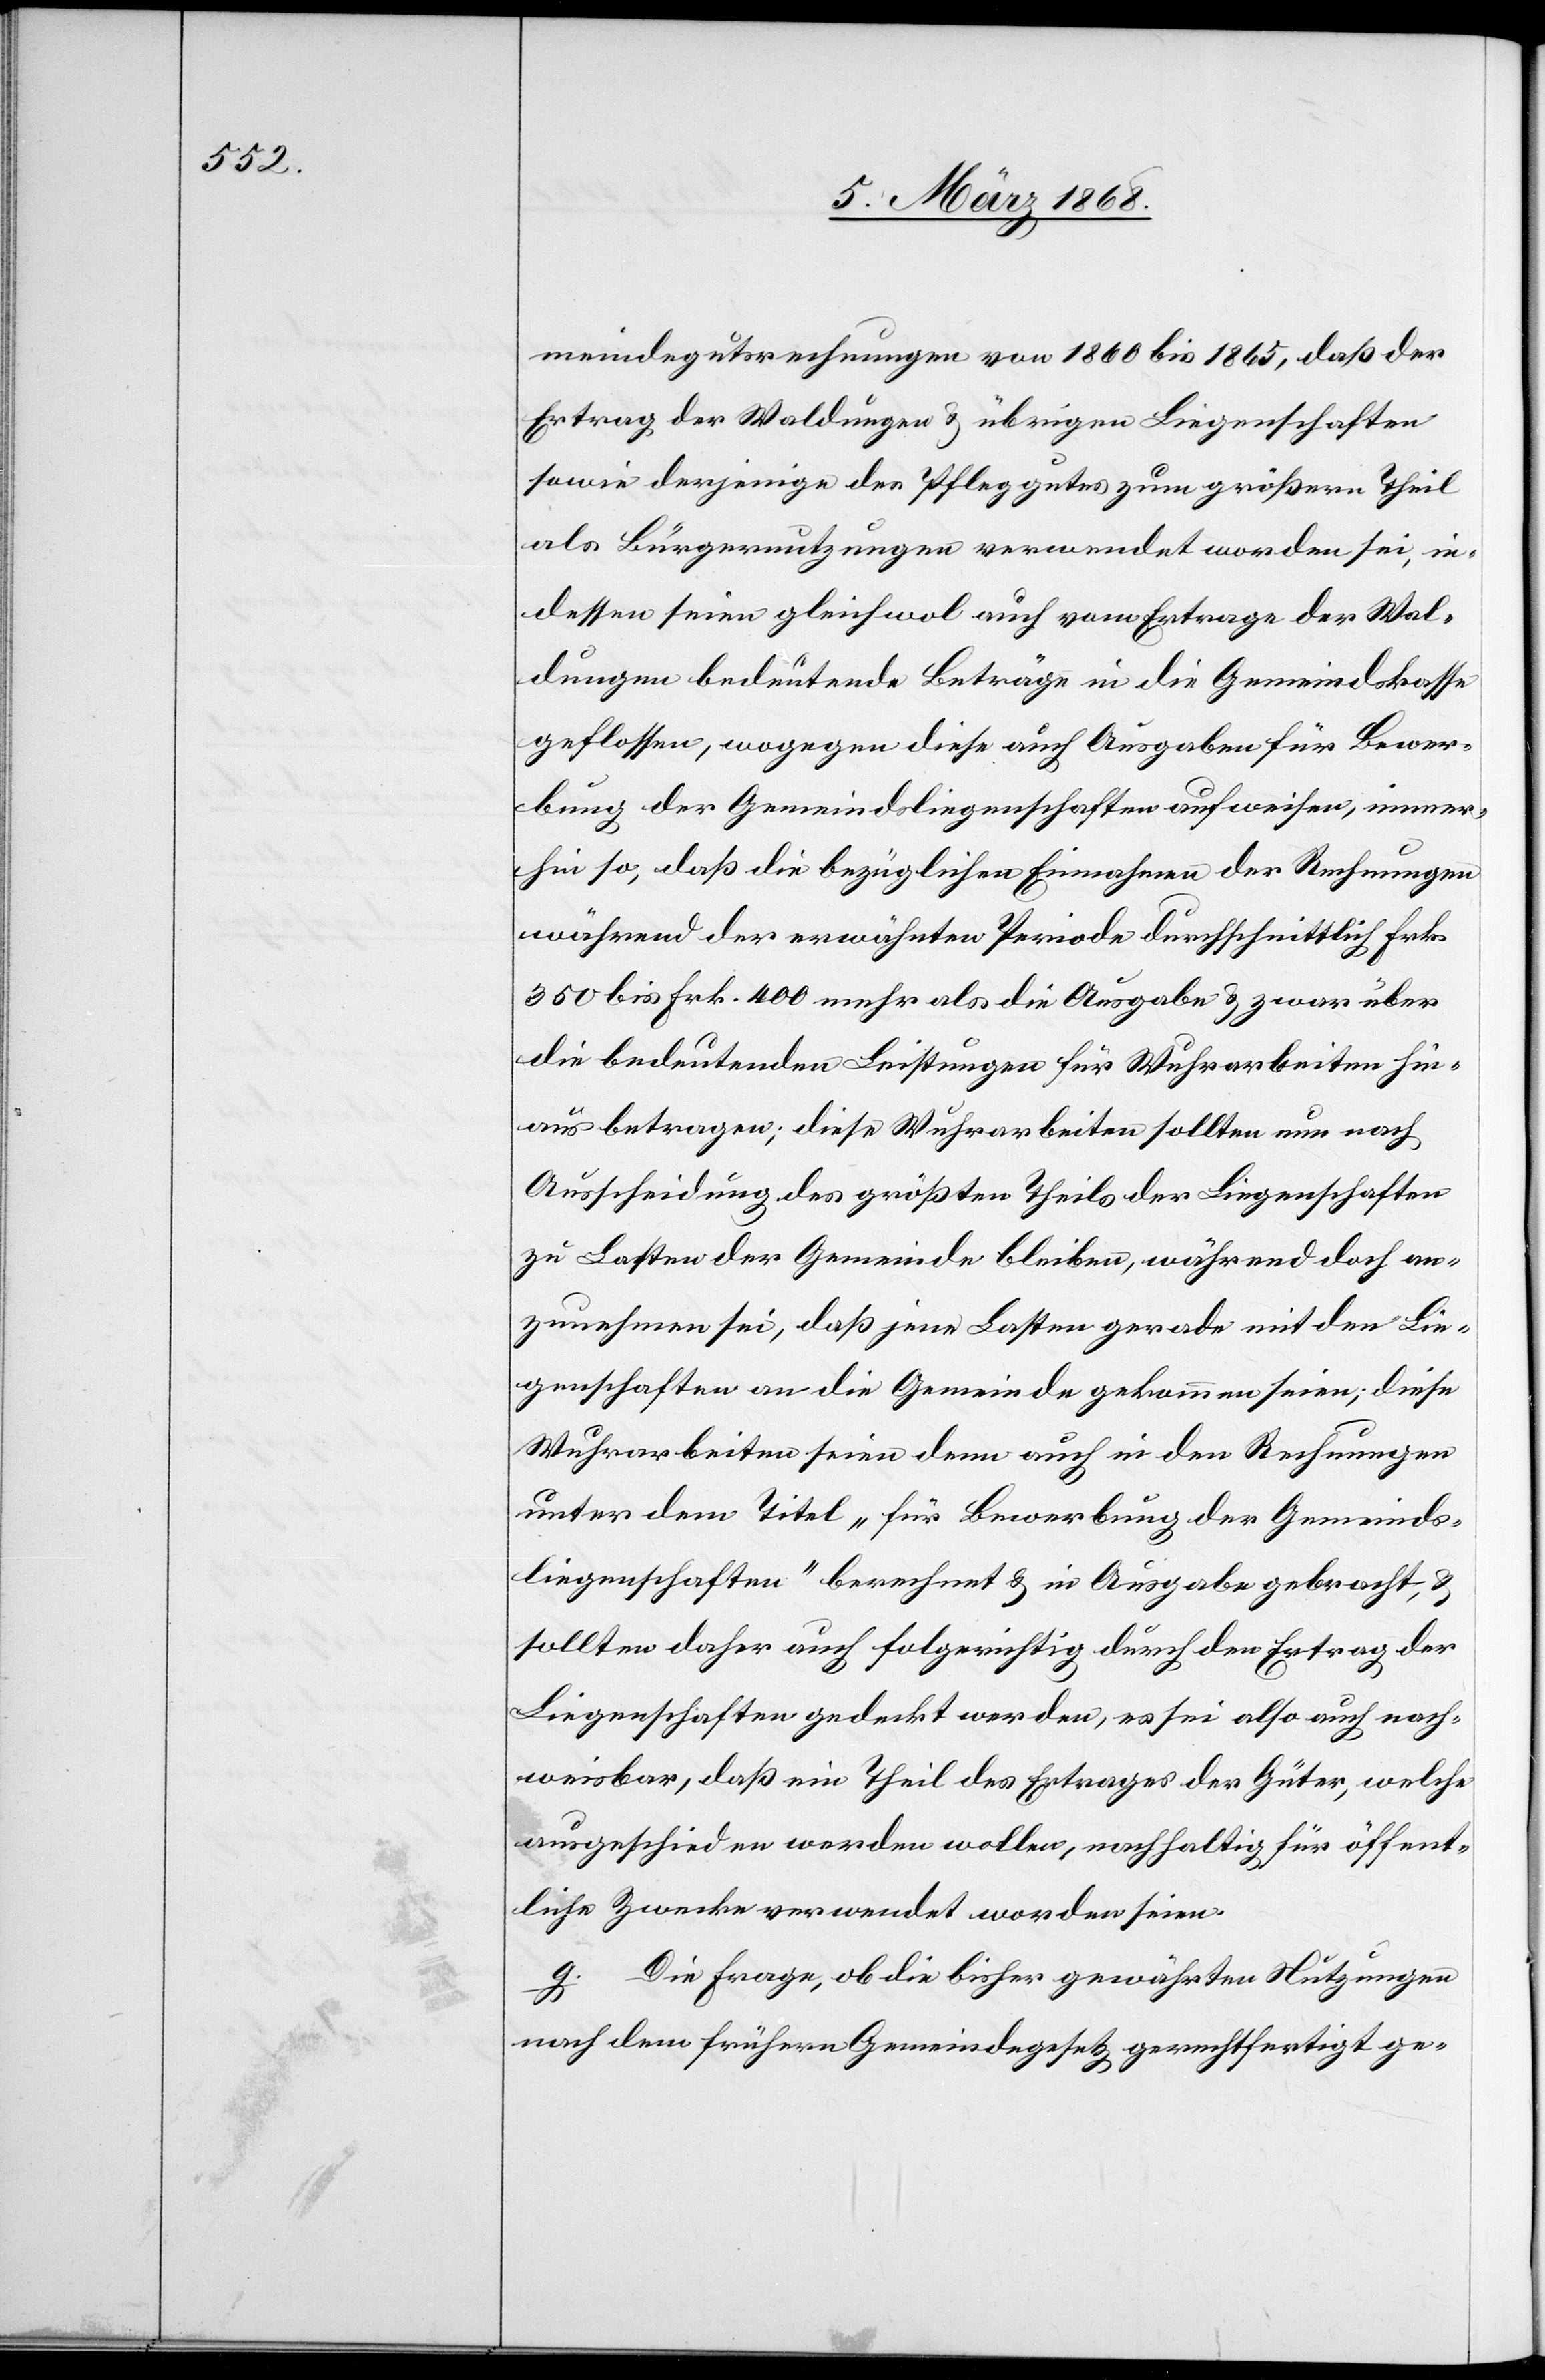
meindegutsrechnungen von 1860 bis 1865, daß der
Ertrag der Waldungen & übrigen Liegenschaften
sowie derjenige des Pfleggutes zum größern Theil
als Bürgernutzungen verwendet worden sei, in¬
dessen seien gleichwol auch vom Ertrage der Wal¬
dungen bedeutende Beträge in die Gemeindskasse
geflossen, wogegen diese auch Ausgaben für Bewer¬
bung der Gemeindsliegenschaften aufweisen, immer¬
hin so, daß die bezüglichen Einnahmen der Rechnungen
während der erwähnten Periode durchschnittlich Frk.
350 bis Frk. 400 mehr als die Ausgabe & zwar über
die bedeutenden Leistungen für Wuhrarbeiten hin¬
aus betragen; diese Wuhrarbeiten sollten nun nach
Ausscheidung des größten Theils der Liegenschaften
zu Lasten der Gemeinde bleiben, während doch an¬
zunehmen sei, daß jene Lasten gerade mit den Lie¬
genschaften an die Gemeinde gekommen seien; diese
Wuhrarbeiten seien denn auch in den Rechnungen
unter dem Titel „für Bewerbung der Gemeinds¬
liegenschaften“ berechnet & in Ausgabe gebracht, &
sollten daher auch folgerichtig durch den Ertrag der
Liegenschaften gedeckt werden, es sei also auch nach¬
weisbar, daß ein Theil des Ertrages der Güter, welche
ausgeschieden werden wollen, nachhaltig für öffent¬
liche Zwecke verwendet worden seien.
g. Die Frage, ob die bisher gewährten Nutzungen
nach dem frühern Gemeindegesetz gerechtfertigt ge-